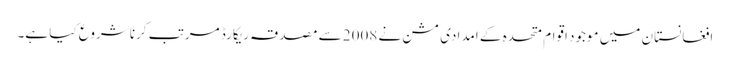
افغانستان میں موجود اقوامِ متحدہ کے امدادی مشن نے 2008 سے مصدقہ ریکارڈ مرتب کرنا شروع کیا ہے۔